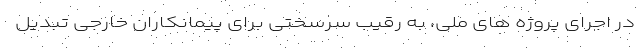
در اجرای پروژه های ملی، به رقیب سرسختی برای پیمانکاران خارجی تبدیل